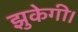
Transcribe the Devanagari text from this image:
झुकेगी।